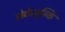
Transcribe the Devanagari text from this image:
लेवेन्युस्कि